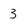
Character: 3